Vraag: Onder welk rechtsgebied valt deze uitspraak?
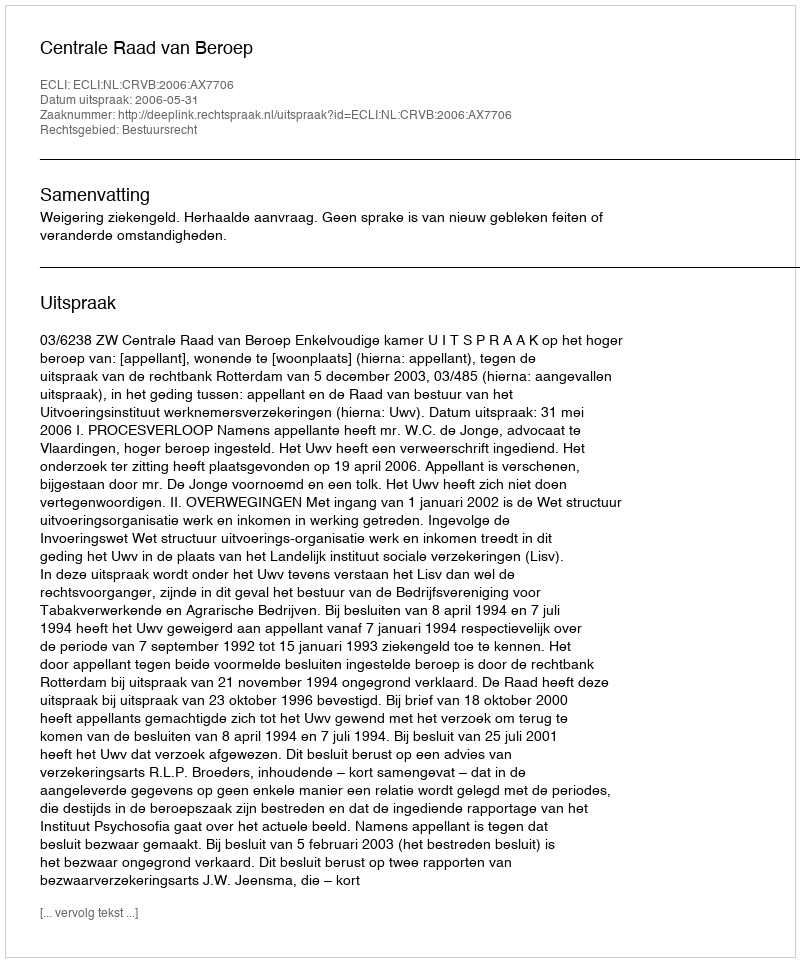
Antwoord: Bestuursrecht